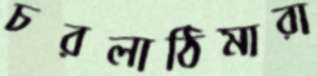
চরলাঠিমারা